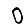
Digit: 0